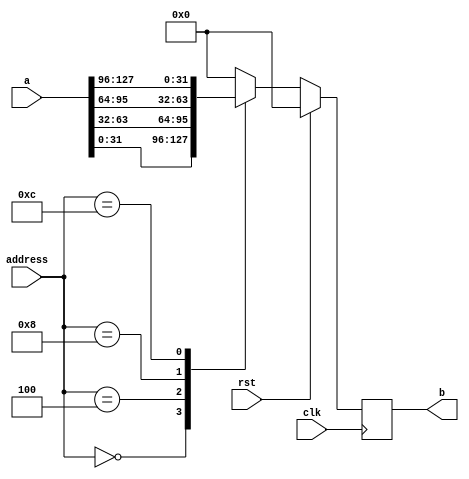
module packer(clk,rst,a,b,address);
input clk,rst;
input [3:0] address;
input [127:0] a;
output [31:0] b;

reg [31:0] b;

always @ (posedge clk)
begin
	if(rst) b = 32'd0;
	else
	begin
		case(address)
			'h0:b <= a [31:0] ;
			'h4:b <= a [63:32];
			'h8:b <= a [95:64];
			'hC:b <= a [127:96];
		default : b = 32'd0;
		endcase
	end
end
endmodule